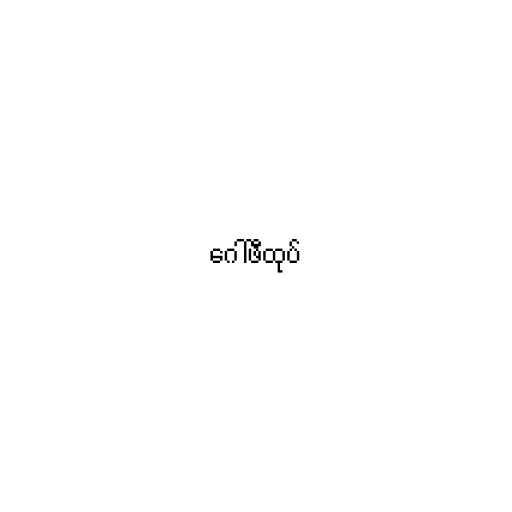
ဂေါ်ဖီထုပ်